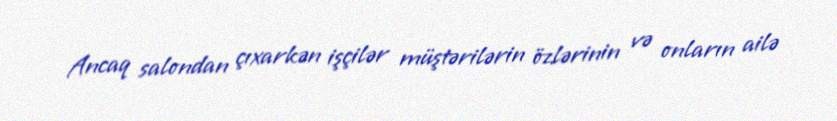
Ancaq salondan çıxarkən işçilər müştərilərin özlərinin və onların ailə